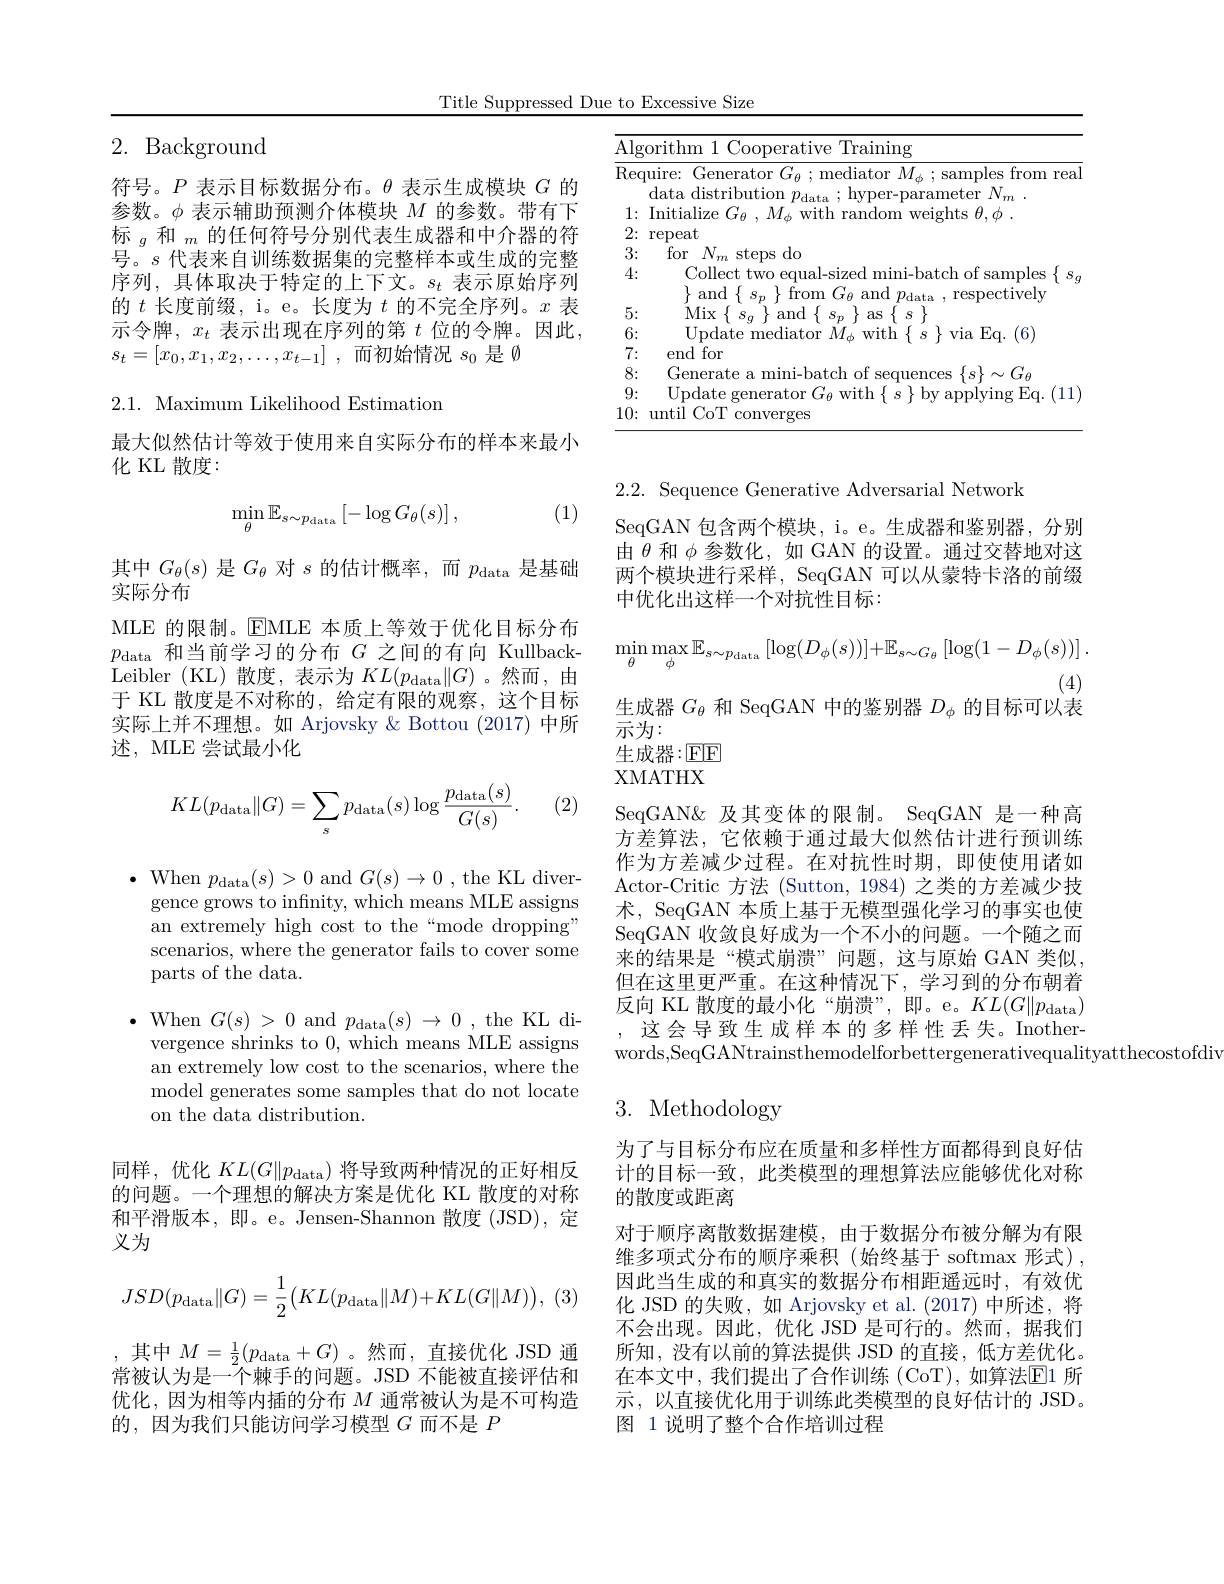
Title Suppressed Due to Excessive Size

2. Background

符号。$P$表示目标数据分布。$\theta$表示生成模块$G$的参数。$\phi$表示辅助预测介体模块$M$的参数。带有下标$_g\text{ 和 }_m$的任何符号分别代表生成器和中介器的符号。$s$代表来自训练数据集的完整样本或生成的完整序列，具体取决于特定的上下文。$s_t$表示原始序列的$t$长度前缀，i。e。长度为$t$的不完全序列。$x$表示令牌，$x_t$表示出现在序列的第$t$位的令牌。因此， $s_t= [ x_0, x_1, x_2, \ldots , x_{t- 1}]$ ,而初始情况$s_0$是$\emptyset$

## 2.1. Maximum Likelihood Estimation

最大似然估计等效于使用来自实际分布的样本来最小
化 KL 散度：

(1)
$$\min_{\theta}\mathbb{E}_{s\sim p_{\mathrm{data}}}\left[-\log G_{\theta}(s)\right],$$
其中$G_\theta(s)$是$G_\theta$对$s$的估计概率，而$p_\mathrm{data}$是基础
实际分布
MLE 的限制。EMLE 本质上等效于优化目标分布$p_{\mathrm{data}}$和当前学习的分布$G$之间的有向 Kullback- ${\mathrm{Leibler~(KL)}}$散度，表示为$KL(p_{\mathrm{data}}\|G)$。然而，由于 KL 散度是不对称的，给定有限的观察，这个目标实际上并不理想。如 Arjovsky & Bottou (2017) 中所述，MLE 尝试最小化

(2)
$$KL(p_\text{data}\|G)=\sum_sp_\text{data}(s)\log\frac{p_\text{data}(s)}{G(s)}.$$
$\bullet$ When $p_{\mathrm{data}}(s)>0$ and $G(s)\to0$ , the KL divergence grows to infinity, which means MLE assigns an extremely high cost to the“mode dropping” scenarios, where the generator fails to cover some parts of the data.

$\bullet$ When $G(s)>0$ and $p_{\mathrm{data}}(s)\to0$ , the KL di-
vergence shrinks to 0, which means MLE assigns an extremely low cost to the scenarios, where the model generates some samples that do not locate on the data distribution.

同样，优化$KL(G\|p_{\mathrm{data}})$将导致两种情况的正好相反的问题。一个理想的解决方案是优化 KL 散度的对称和平滑版本，即。e。Jensen-Shannon 散度 (JSD),定义为
$$JSD(p_\text{data}\|G)=\frac{1}{2}\big(KL(p_\text{data}\|M)+KL(G\|M)\big),$$
,其中$M=\frac12(p_{\mathrm{data}}+G)$。然而，直接优化 JSD 通常被认为是一个棘手的问题。JSD 不能被直接评估和优化，因为相等内插的分布$M$通常被认为是不可构造的，因为我们只能访问学习模型$G$ 而不是 $P$

<table>
	<tbody>
		<tr>
			<td>$\overline{\mathrm{Alg}}$ T 1 1</td>
			<td>orithm Training 1.00 atlve</td>
		</tr>
		<tr>
			<td>Rec</td>
			<td>quire: Generator $G_\theta;$mediator $M_\phi;$samples from rea data distrib $1tiom$</td>
		</tr>
		<tr>
			<td>1: $a$</td>
			<td>lnitialize $M//$ rhts </td>
		</tr>
		<tr>
			<td>2:</td>
			<td>repeat</td>
		</tr>
		<tr>
			<td>3:</td>
			<td>for$N_m$steps do</td>
		</tr>
		<tr>
			<td>4:</td>
			<td>Collect two equal-sized mini-batch of samples $\{$ $\frac{1}{2}$</td>
		</tr>
		<tr>
			<td>5:</td>
			<td>Miv anc $AS$</td>
		</tr>
		<tr>
			<td>6:</td>
			<td>TTr 16 HO</td>
		</tr>
		<tr>
			<td>7: $i$</td>
			<td>end for</td>
		</tr>
		<tr>
			<td>8:</td>
			<td>Generate toh 1 of $\{s\}\sim(r,s)$ Ser </td>
		</tr>
		<tr>
			<td>9: 1 1</td>
			<td>||ndate with molwino · Hin</td>
		</tr>
		<tr>
			<td>10:</td>
			<td>$\lim_{n=1}^{\infty}$ CoT converges</td>
		</tr>
	</tbody>
</table>

2.2. Sequence Generative Adversarial Network
SeqGAN 包含两个模块，i。e。生成器和鉴别器，分别由$\theta$和$\phi$参数化，如 GAN 的设置。通过交替地对这两个模块进行采样，SeqGAN 可以从蒙特卡洛的前缀中优化出这样一个对抗性目标：
$$\min\limits_{\theta}\max\limits_{\phi}\mathbb{E}_{s\sim p_{\mathrm{data}}}\left[\log(D_{\phi}(s))\right]+\mathbb{E}_{s\sim G_{\theta}}\left[\log(1-D_{\phi}(s))\right].$$
(4)
生成器$G_\theta$和 SeqGAN 中的鉴别器$D_\phi$的目标可以表

示为：
生成器：$\underline{\mathrm{FlF}}$

XMATHX
SeqGAN&及其变体的限制。SeqGAN 是一种高方差算法，它依赖于通过最大似然估计进行预训练作为方差减少过程。在对抗性时期，即使使用诸如Actor-Critic 方法 (Sutton, 1984) 之类的方差减少技术，SeqGAN 本质上基于无模型强化学习的事实也使SeqGAN 收敛良好成为一个不小的问题。一个随之而来的结果是“模式崩溃”问题，这与原始 GAN 类似， 但在这里更严重。在这种情况下，学习到的分布朝着反向 KL 散度的最小化“崩溃”,即。e。$KL(G\|p_{\mathrm{data}})$
这会导致生成样本的多样性丢失。Inother-
words,SeqGANtrainsthemodelforbettergenerativequalityatthecostofdiv

# 3. Methodology

为了与目标分布应在质量和多样性方面都得到良好估计的目标一致，此类模型的理想算法应能够优化对称的散度或距离
对于顺序离散数据建模，由于数据分布被分解为有限维多项式分布的顺序乘积(始终基于 softmax 形式), 因此当生成的和真实的数据分布相距遥远时，有效优化 JSD 的失败，如 Arjovsky et al.(2017)中所述，将不会出现。因此，优化 JSD 是可行的。然而，据我们所知，没有以前的算法提供 JSD 的直接，低方差优化。在本文中，我们提出了合作训练(CoT),如算法$\operatorname{E}$1 所示，以直接优化用于训练此类模型的良好估计的 JSD。图 1 说明了整个合作培训过程